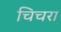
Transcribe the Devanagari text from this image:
चिचरा